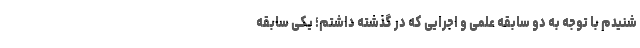
شنیدم با توجه به دو سابقه علمی و اجرایی که در گذشته داشتم؛ یکی سابقه